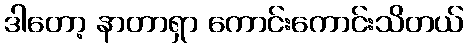
ဒါတော့ နာတာရှာ ကောင်းကောင်းသိတယ်